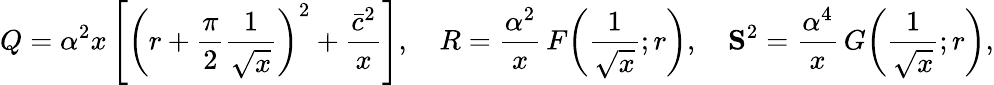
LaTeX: Q=\alpha^{2}x\left[\left(r+\frac{\pi}{2}\frac{1}{\sqrt{x}}\right)^{2}+\frac{\bar{c}^{2}}{x}\right],\quad R=\frac{\alpha^{2}}{x}\, F\! \left(\frac{1}{\sqrt{x}};r\right),\quad{\mathbf S}^{2}=\frac{\alpha^{4}}{x}\, G\! \left(\frac{1}{\sqrt{x}};r\right),